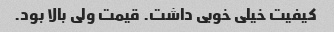
کیفیت خیلی خوبی داشت. قیمت ولی بالا بود.